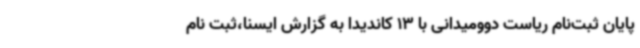
پایان ثبت‌نام ریاست دوومیدانی با 13 کاندیدا به گزارش ایسنا،ثبت نام